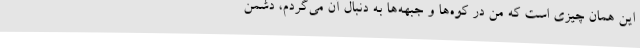
این همان چیزی است که من در کوه‌ها و جبهه‌ها به دنبال آن می‌گردم، دشمن